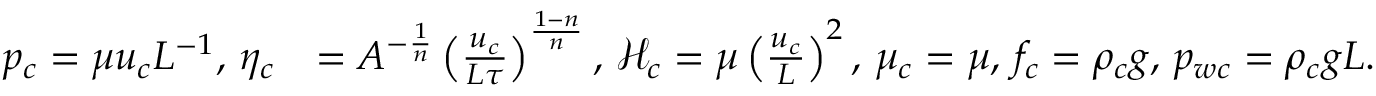
\begin{array} { r l } { p _ { c } = \mu u _ { c } L ^ { - 1 } , \, \eta _ { c } } & { = A ^ { - \frac { 1 } { n } } \left( \frac { u _ { c } } { L \tau } \right) ^ { \frac { 1 - n } { n } } , \, \mathcal { H } _ { c } = \mu \left( \frac { u _ { c } } { L } \right) ^ { 2 } , \, \mu _ { c } = \mu , \, f _ { c } = \rho _ { c } g , \, p _ { w c } = \rho _ { c } g L . } \end{array}